画像に写った文字を読んでください
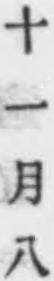
「十一月八」と書いてあります